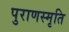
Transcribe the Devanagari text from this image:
पुराणस्मृति